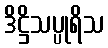
ဒိဋ္ဌိသပ္ပုရိသ